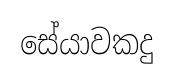
සේයාවකදු